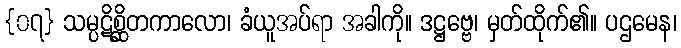
{၀၇} သမ္ပဋိစ္ဆိတကာလော၊ ခံယူအပ်ရာ အခါကို။ ဒဋ္ဌဗ္ဗေ၊ မှတ်ထိုက်၏။ ပဌမေန၊